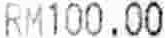
RM100.00